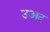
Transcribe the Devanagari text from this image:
उअद